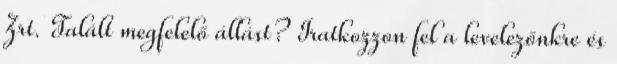
Zrt. Talált megfelelő állást? Iratkozzon fel a levelezőnkre és